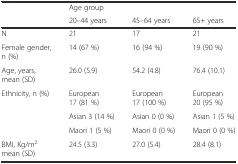
<table><thead><tr><td rowspan="2"></td><td colspan="3"><b>Age group</b></td></tr><tr><td><b>20–44 years</b></td><td><b>45–64 years</b></td><td><b>65+ years</b></td></tr></thead><tbody><tr><td>N</td><td>21</td><td>17</td><td>21</td></tr><tr><td>Female gender, n (%)</td><td>14 (67 %)</td><td>16 (94 %)</td><td>19 (90 %)</td></tr><tr><td>Age, years, mean (SD)</td><td>26.0 (5.9)</td><td>54.2 (4.8)</td><td>76.4 (10.1)</td></tr><tr><td rowspan="3">Ethnicity, n (%)</td><td>European 17 (81 %)</td><td>European 17 (100 %)</td><td>European 20 (95 %)</td></tr><tr><td>Asian 3 (14 %)</td><td>Asian 0 (0 %)</td><td>Asian 1 (5 %)</td></tr><tr><td>Maori 1 (5 %)</td><td>Maori 0 (0 %)</td><td>Maori 0 (0 %)</td></tr><tr><td>BMI, Kg/m<sup>2</sup> mean (SD)</td><td>24.5 (3.3)</td><td>27.0 (5.4)</td><td>28.4 (8.1)</td></tr></tbody></table>